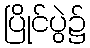
ပြိုင်ပွဲ၌